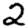
Digit: 2